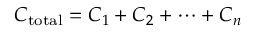
C _ { \mathrm { t o t a l } } = C _ { 1 } + C _ { 2 } + \cdots + C _ { n }